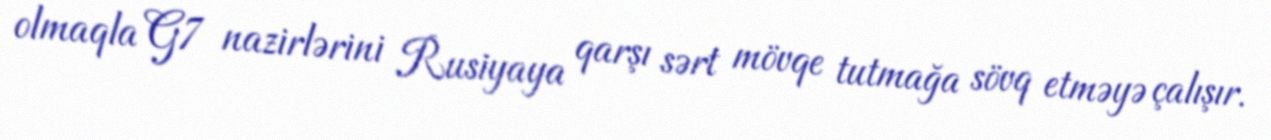
olmaqla G7 nazirlərini Rusiyaya qarşı sərt mövqe tutmağa sövq etməyə çalışır.